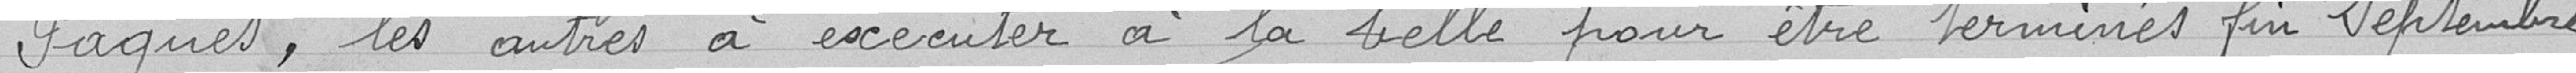
Pâques, les autres à exécuter à la belle pour être terminés fin septembre.